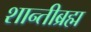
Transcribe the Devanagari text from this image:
शान्तीब्रह्म